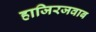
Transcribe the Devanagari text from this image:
हाजिरजवाब